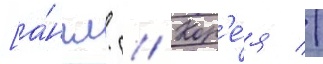
[а́нгл. // Кор'е́я //